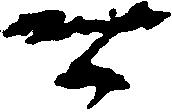
マ